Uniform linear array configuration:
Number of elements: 48
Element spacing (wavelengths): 0.75
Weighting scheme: uniform
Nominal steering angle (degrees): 0
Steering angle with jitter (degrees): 1.746
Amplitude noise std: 0.05
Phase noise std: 0.05

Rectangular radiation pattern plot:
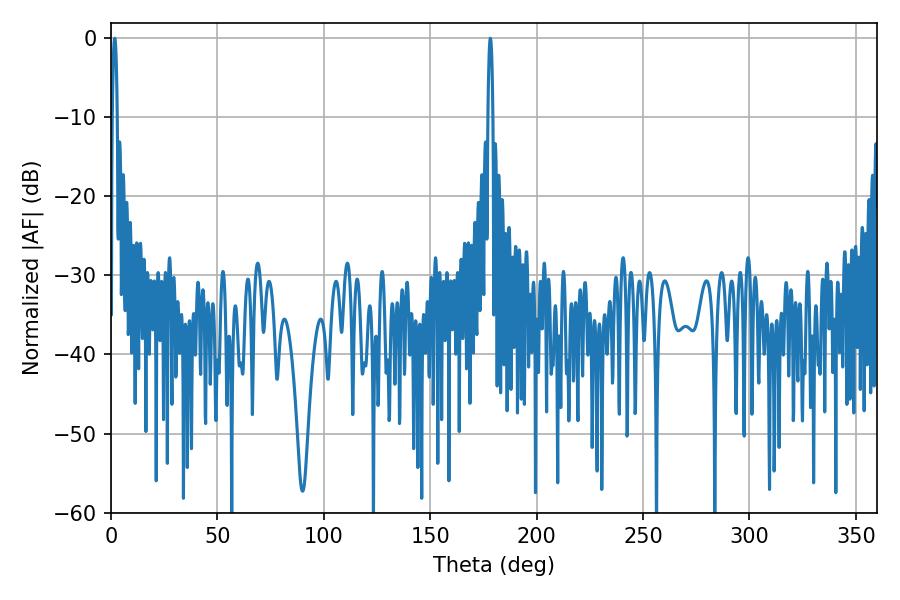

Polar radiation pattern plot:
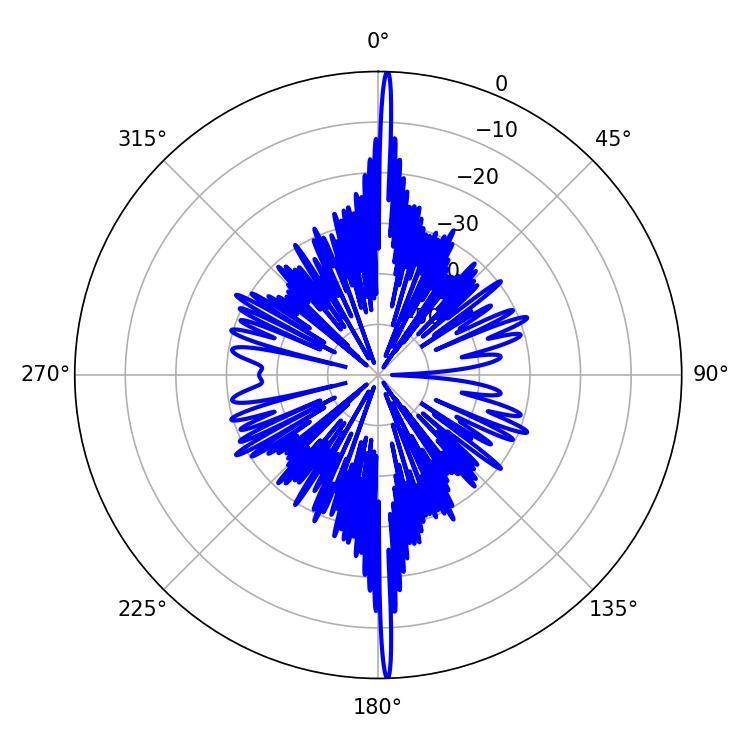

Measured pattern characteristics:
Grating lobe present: TRUE
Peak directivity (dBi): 31.187
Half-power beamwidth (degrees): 1.26
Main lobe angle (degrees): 178.2